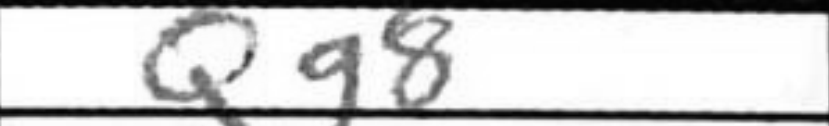
Transcription: Qg8